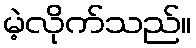
မဲ့လိုက်သည်။